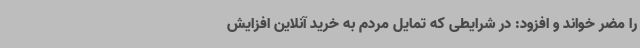
را مضر خواند و افزود: در شرایطی که تمایل مردم به خرید آنلاین افزایش